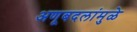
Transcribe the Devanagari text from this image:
अणूबदलांमुळे